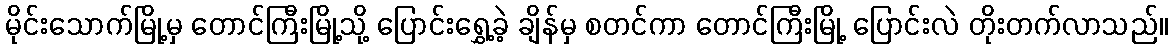
မိုင်းသောက်မြို့မှ တောင်ကြီးမြို့သို့ ပြောင်းရွှေ့ခဲ့ ချိန်မှ စတင်ကာ တောင်ကြီးမြို့ ပြောင်းလဲ တိုးတက်လာသည်။